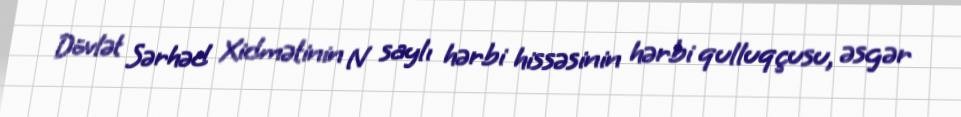
Dövlət Sərhəd Xidmətinin N saylı hərbi hissəsinin hərbi qulluqçusu, əsgər